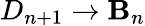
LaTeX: D_{n+1}\to\mathbf{B}_{n}